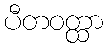
ပီတဝတ္ထာ